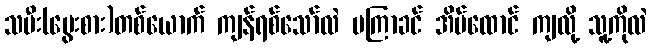
သမီး(မွေးစား)တစ်ယောက် ကျန်ရစ်သော်လဲ မကြာခင် အိမ်ထောင် ကျလို့ သူ့ကိုလဲ